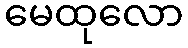
မေထုလော